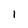
Character: l